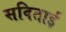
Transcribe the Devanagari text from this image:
सविताई